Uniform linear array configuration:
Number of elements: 16
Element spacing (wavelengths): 0.5
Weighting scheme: binomial
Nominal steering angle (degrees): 45
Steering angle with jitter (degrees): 46.4
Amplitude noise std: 0.05
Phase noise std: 0.05

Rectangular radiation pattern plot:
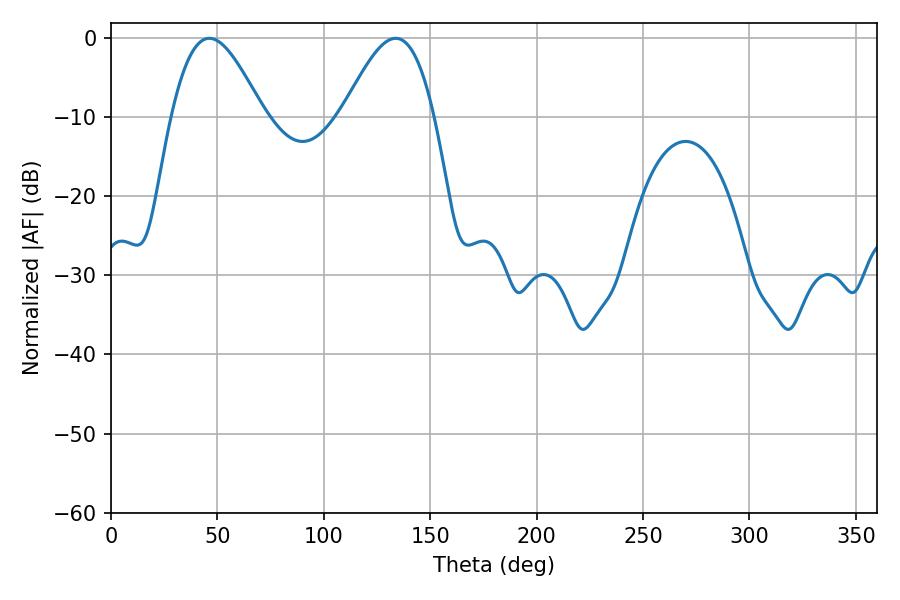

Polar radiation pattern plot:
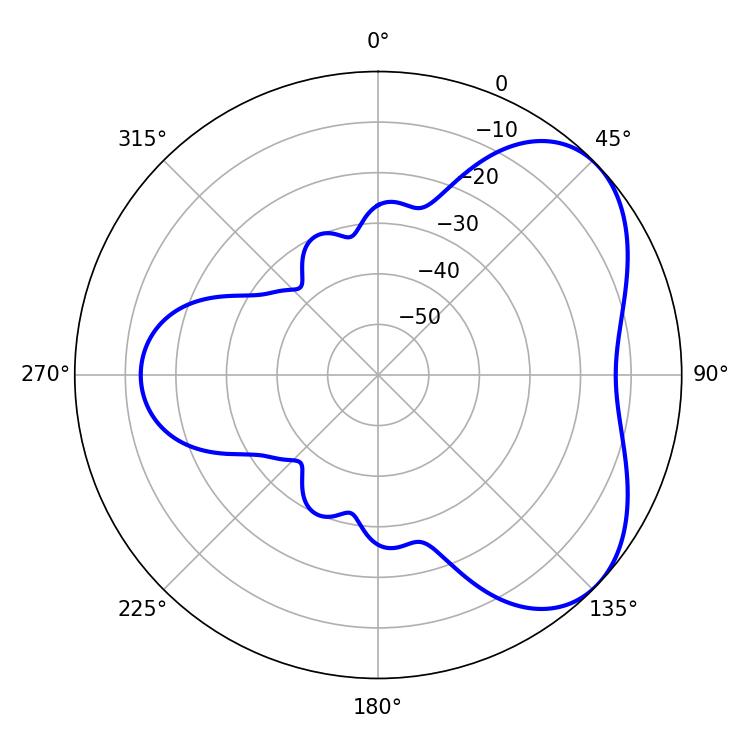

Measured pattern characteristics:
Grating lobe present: FALSE
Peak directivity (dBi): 4.84
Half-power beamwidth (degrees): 23.22
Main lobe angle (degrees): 46.26